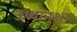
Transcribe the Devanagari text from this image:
उथ्थानक्षम